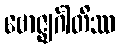
ဗောဇ္ဈင်္ဂါတိဿ